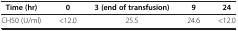
| Time (hr) | 0 | 3 (end of transfusion) | 9 | 24 |
 | --- | --- | --- | --- | --- |
 | CH50 (U/ml) | <12.0 | 25.5 | 24.6 | <12.0 |